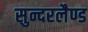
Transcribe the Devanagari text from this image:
सुन्दरलैण्ड